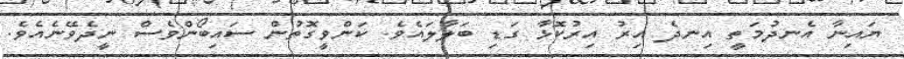
ޔައިނާ އެނދުމަތީ އިނދެ އިރު އިރުކޮޅާ ގަޑި ބަލާލައެވެ. ކަންވީގޮތުން ސައިބޯންވެސް ނީދެވޭނެއެވެ.